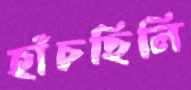
হাঁচছিলি